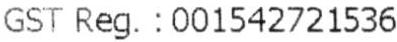
GST REG. : 001542721536